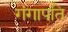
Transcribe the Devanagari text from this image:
गंगापति